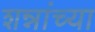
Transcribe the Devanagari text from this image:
शन्नांच्या